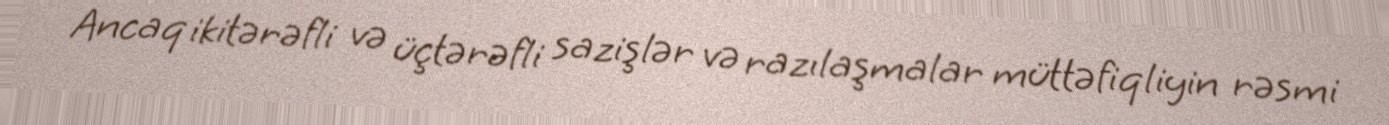
Ancaq ikitərəfli və üçtərəfli sazişlər və razılaşmalar müttəfiqliyin rəsmi